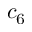
c _ { 6 }